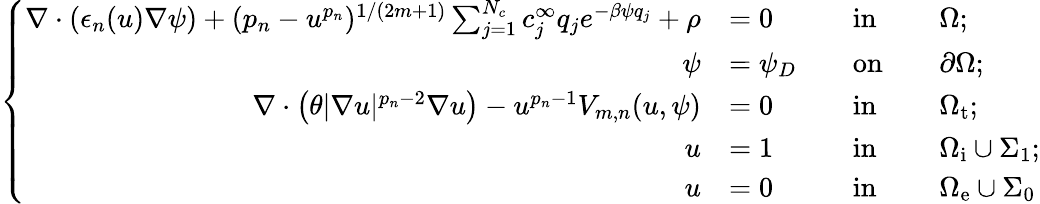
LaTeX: \left\{ \begin{array}{rlrlrl}{\nabla\cdot(\epsilon_{n}(u)\nabla\psi)+(p_{n}-u^{p_{n}})^{1/(2m+1)}\sum_{j=1}^{N_{c}}c_{j}^{\infty}q_{j}e^{-\beta\psi q_{j}}+\rho}&{=0}&&{\mathrm{in}}&&{\Omega;}\\ {\psi}&{=\psi_{D}}&&{\mathrm{on}}&&{\partial\Omega;}\\ {\nabla\cdot\left(\theta|\nabla u|^{p_{n}-2}\nabla u\right)-u^{p_{n}-1}V_{m,n}(u,\psi)}&{=0}&&{\mathrm{in}}&&{\Omega_{\mathrm{t}};}\\ {u}&{=1}&&{\mathrm{in}}&&{\Omega_{\mathrm{i}}\cup\Sigma_{1};}\\ {u}&{=0}&&{\mathrm{in}}&&{\Omega_{\mathrm{e}}\cup\Sigma_{0}}\end{array}\right.